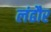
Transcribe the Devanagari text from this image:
लंढौर